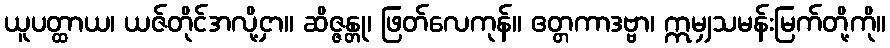
ယူပတ္ထာယ၊ ယဇ်တိုင်အလို့ငှာ။ ဆိဇ္ဇန္တု၊ ဖြတ်လေကုန်။ ဧတ္တကာဒဗ္ဗာ၊ ဣမျှသမန်းမြက်တို့ကို။